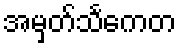
အမှတ်သင်္ကေတ